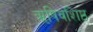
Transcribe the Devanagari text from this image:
ॠषिवशिष्ठ